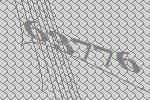
63776